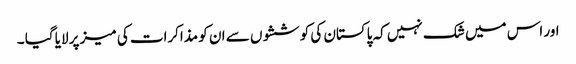
اور اس میں شک نہیں کہ پاکستان کی کوششوں سے ان کو مذاکرات کی میز پر لایا گیا ۔